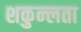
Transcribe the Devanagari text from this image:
शकुन्‍लता